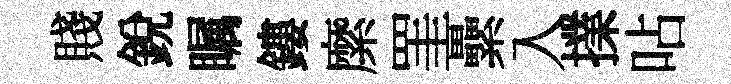
賤銳瞩鏤縻罣纍入擈呫